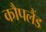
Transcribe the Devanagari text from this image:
कौपलैंड